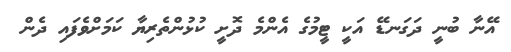
އޭނާ ބުނީ ދަގަނޑޭ އަކީ ޓީމުގެ އެންމެ ދޮށީ ކުޅުންތެރިޔާ ކަމަށްވެފައި ދެން